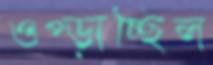
ওপ্‌ড়াচ্ছিল